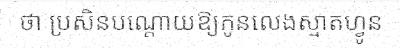
ថា ប្រសិនបណ្តោយឱ្យកូនលេងស្មាតហ្វូន